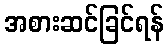
အစားဆင်ခြင်ရန်